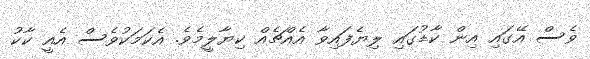
ވެސް އޭގައި އިން ކާޑުގައި ލިޔެފައިވާ އެއްޗެއް ކިޔާލީމެވެ. އެކަމަކުވެސް އެއީ ކާކު